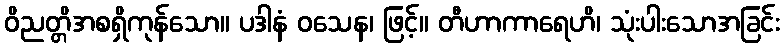
ဝိညတ္တိအစရှိကုန်သော။ ပဒါနံ ဝသေန၊ ဖြင့်။ တီဟာကာရေဟိ၊ သုံးပါးသောအခြင်း